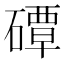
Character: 磹